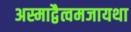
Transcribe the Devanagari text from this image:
अस्माद्वैत्वमजायथा